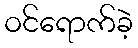
ဝင်ရောက်ခဲ့